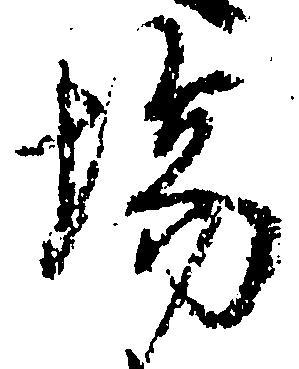
場